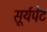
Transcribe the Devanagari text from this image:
सूर्यपेट